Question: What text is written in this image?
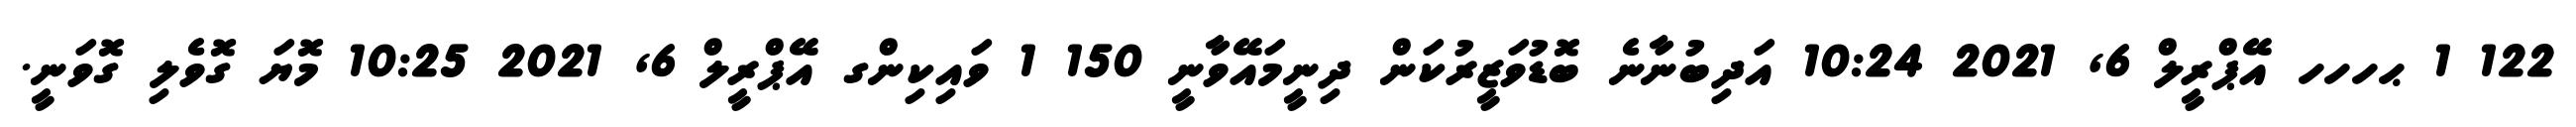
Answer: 122 1 ޙހހހ އޭޕްރީލް 6, 2021 10:24 އަދިބުނާނެ ބޮޑުވަޒީރުކަން ދިނީމައޭވާނީ 150 1 ވައިކިންގ އޭޕްރީލް 6, 2021 10:25 މޮޔަ ގޮވެލި ގޮވަނީ.